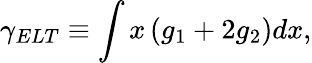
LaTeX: \gamma_{ELT}\equiv\int x\left(g_{1}+2g_{2}\right)dx,